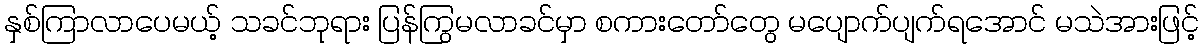
နှစ်ကြာလာပေမယ့် သခင်ဘုရား ပြန်ကြွမလာခင်မှာ စကားတော်တွေ မပျောက်ပျက်ရအောင် မသဲအားဖြင့်